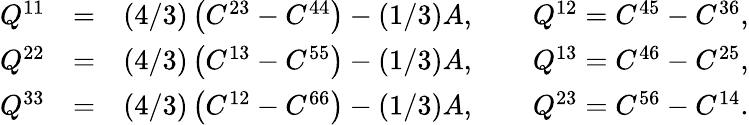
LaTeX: \begin{array}{rlr}{Q^{11}}&{=}&{(4/3)\left(C^{23}-C^{44}\right)-(1/3)A,\qquad Q^{12}=C^{45}-C^{36},}\\ {Q^{22}}&{=}&{(4/3)\left(C^{13}-C^{55}\right)-(1/3)A,\qquad Q^{13}=C^{46}-C^{25},}\\ {Q^{33}}&{=}&{(4/3)\left(C^{12}-C^{66}\right)-(1/3)A,\qquad Q^{23}=C^{56}-C^{14}.}\end{array}